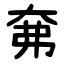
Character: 㚕